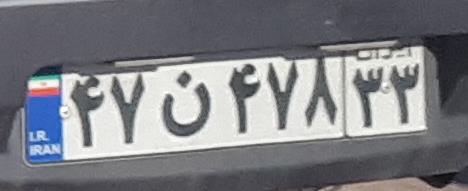
۴۷ن۴۷۸۳۳